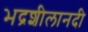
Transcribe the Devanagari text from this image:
भद्रशीलानदी